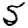
Digit: 5